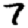
Digit: 7